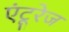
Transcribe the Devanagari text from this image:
एंटूरेज